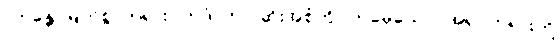
“ဘန္တေ၊ မြတ်စွာဘုရား။ ဣဒံ၊ ဤပုဆိုးအစုံကို။ တုမှေယေဝ၊ အရှင်ဘုရားတို့